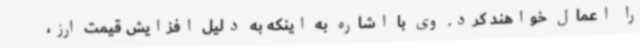
را اعمال خواهند کرد. وی با اشاره به اینکه به دلیل افزایش قیمت ارز،